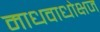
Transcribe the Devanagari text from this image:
माधवाधोक्षज